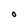
Character: O